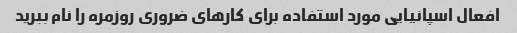
افعال اسپانیایی مورد استفاده برای کارهای ضروری روزمره را نام ببرید